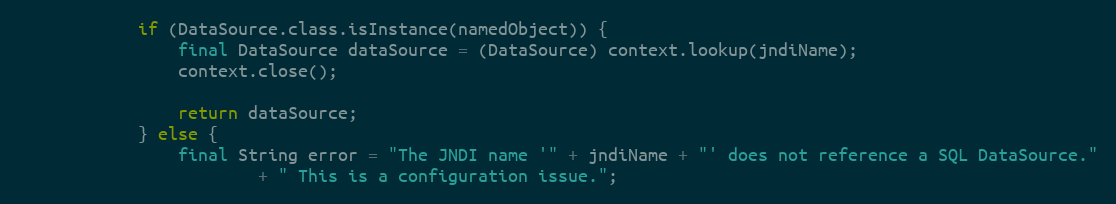
Language: Java
            if (DataSource.class.isInstance(namedObject)) {
                final DataSource dataSource = (DataSource) context.lookup(jndiName);
                context.close();

                return dataSource;
            } else {
                final String error = "The JNDI name '" + jndiName + "' does not reference a SQL DataSource."
                        + " This is a configuration issue.";